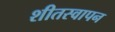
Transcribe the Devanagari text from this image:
शीतस्वापन